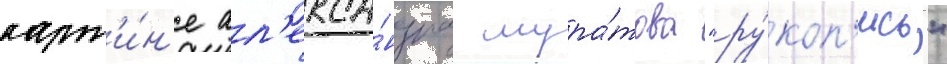
карт'и́н'е ал'екса́ндра мура́това "ру́коп'ись"